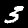
Digit: 3